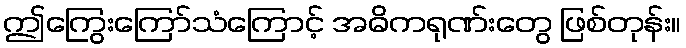
ဤကြွေးကြော်သံကြောင့် အဓိကရုဏ်းတွေ ဖြစ်တုန်း။